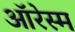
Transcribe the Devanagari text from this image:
ऑरेस्म